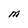
Character: M